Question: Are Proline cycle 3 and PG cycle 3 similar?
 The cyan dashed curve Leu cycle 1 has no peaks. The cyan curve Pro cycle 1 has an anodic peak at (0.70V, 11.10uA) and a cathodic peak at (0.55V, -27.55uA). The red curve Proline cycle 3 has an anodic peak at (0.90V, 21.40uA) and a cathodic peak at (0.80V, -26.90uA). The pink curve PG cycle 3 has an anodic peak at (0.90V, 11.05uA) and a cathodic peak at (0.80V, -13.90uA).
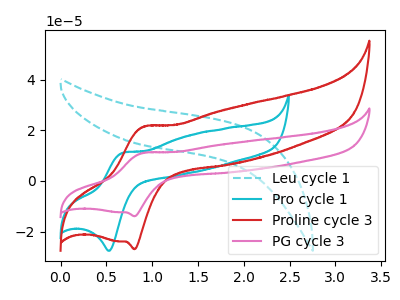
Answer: <think>All the peaks in "Proline cycle 3" have a peak in "PG cycle 3" at the same potential. Every peak in "Proline cycle 3" is higher than every peak in "PG cycle 3".
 </think>
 <answer>"Proline cycle 3" and "PG cycle 3" are similar in shape.</answer>
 <eval>same_shape</eval>